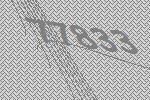
77833